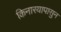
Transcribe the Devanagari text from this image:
किनारयापासुन